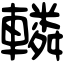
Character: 轔